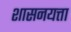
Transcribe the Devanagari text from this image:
शासनयत्ता